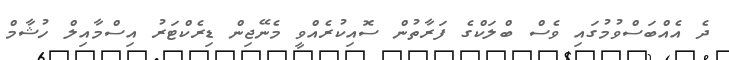
ދެ އެއްބަސްވުމުގައި ވެސް ބްލަކްގެ ފަރާތުން ސޮއިކުރެއްވީ މެނޭޖިން ޑިރެކްޓަރު އިސްމާއިލް ހުޝާމް